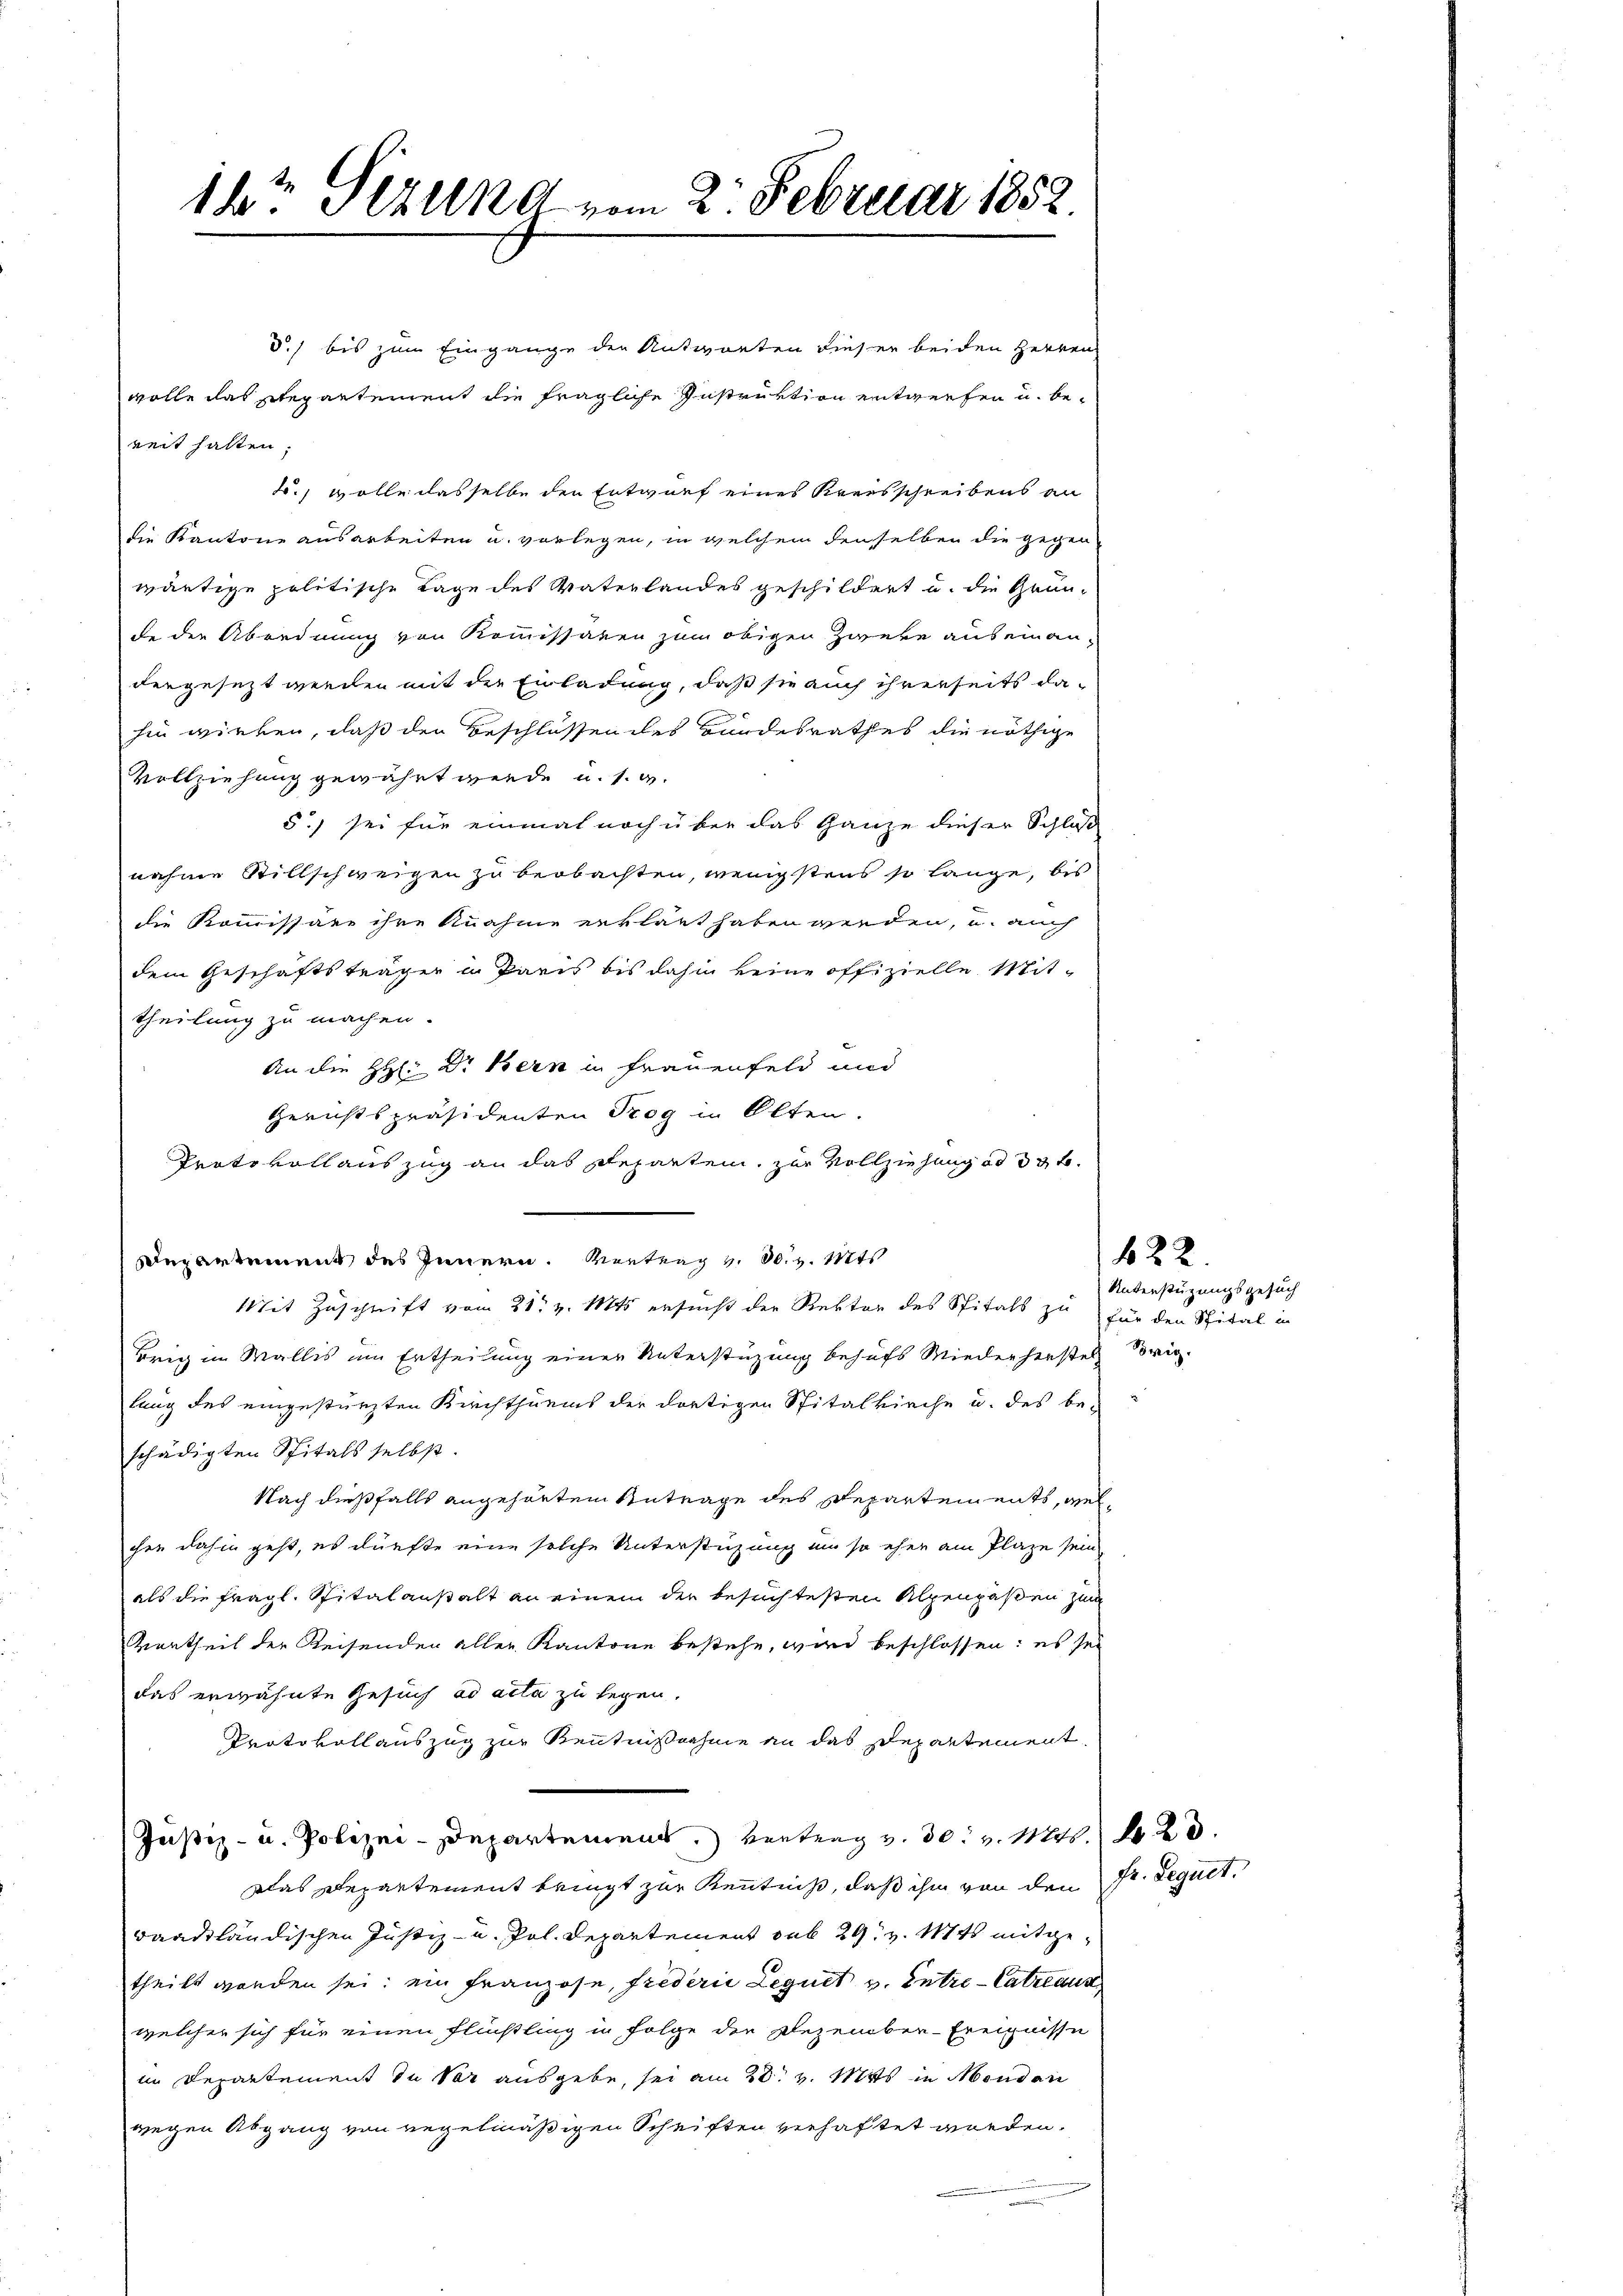
d.) bis zum Eingange der Antworten dieser beiden Herren
wolle das Repartement die fragliche Instruktion entwerfen u. bereit halten;
t., wolle dasselbe den Entwurf eines Kreisschreibens an
die Kantone ausarbeiten u. vorlegen, in welchem denselben die gegen
wärtige politische Tage des Vaterlandes geschildert u. die Gründe der Abordnung von Kommissaren zum obigen Zweke auseinan-
dengesezt werden mit der Einladung, daß sie auch ihrerseits dahin wirken, daß den Beschlüssen des Bundesrathes die nöthige
Vollziehung gewährt werde u. s. g.
5.) sei für einmal noch über das Ganze dieser Schloß
nahme Stillschweigen zu beobachten, wenigstens so lange, bis
die Kommissäre ihre Anahme erklärt haben werden, u. auch
dem Geschäftsträger in Paris bis dahin keine offizielle Mit-
theilung zu machen.
An die HH: Dr. Bern in Frauenfeld und
Gerichtspräsidenten Trog in Olten.
Prato voll auszug an das Reparten, zur Vollziehung ad 33 f.
Departement des Innern. Vertrag v. 30. v. Mts
Mit Zuschrift vom 21t v. Mts. ersucht der Rektor des Spitals zu für den Spital in
Brig im Wallis am Ertheilung einer Unterstüzung behufs Wiederherstel vorig-
lung des eingestürzten Kirchthurms der dortigen Spitalkirche u. des be-
schädigten Spitals selbst.
Nach dießfalls angehörten Antrage des Departein ents, welchen dahin geht, es dürfte eine solche Unterstüzung um so eher am Plaze sein
als die fragl. Spitalanstalt an einem der besuchtesten Alpenpassen zum
Vortheil der Reisenden aller Kantone bestehe, wird beschlossen: es sei
das erwähnte Gesuch ad acta zu legen.
Protokollauszug zur Kenntnißnahme an das Departement,
Justiz- u. Polizei-Departement.) Vertrag v. 30. v. Mts. 20.
Das Departement bringt zur Kenntniß, daß ihm von den Dr. Sequet
waadtländischen Justiz- u. Jol. Departement sub 29. v. Mts. mitge
theilt worden sei; ein Franzose, Frederie Leguet v. Entre-Catrtaus
welcher sich für einen Flüchtling in Folge die Dezember-Ereignisse
in Departement in Vor ausgebe, sei am 20. v. Mts. in Monden
wegen Abgang von regelmäßigen Schriften verhaftet worden.

14 Dezung vom 2. Februar 1852.

622.
Unterstüzungsgesuch